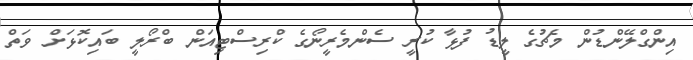
އިންގްލޭންޑުން މެޗުގެ ލީޑު ފުޅާ ކުރީ ސެންމެރީނޯގެ ކްރިސްޓިއަން ބްރޯލީ ބައިކޮޅަށް ވަތް